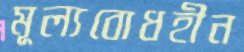
মূল্যবোধহীন